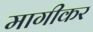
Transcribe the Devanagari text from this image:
मागीकर